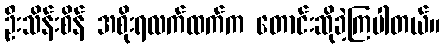
ဦးသိန်းစိန် အစိုးရလက်ထက်က တောင်းဆိုခဲ့ကြပါတယ်။